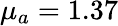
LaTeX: \mu_{a}=1.37